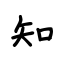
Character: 知